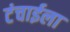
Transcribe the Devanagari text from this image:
टंचाईला